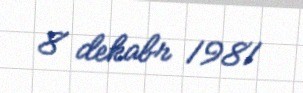
8 dekabr 1981